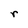
Character: r